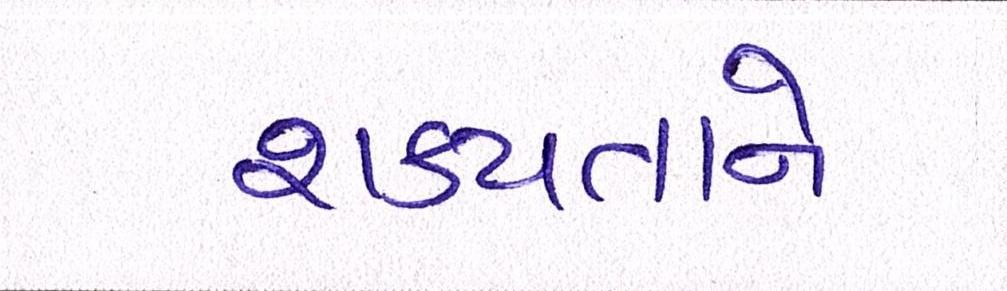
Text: શક્યતાને